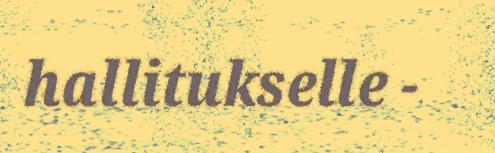
hallitukselle -